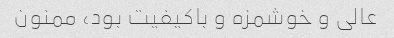
عالی و خوشمزه و باکیفیت بود، ممنون